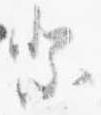
祭